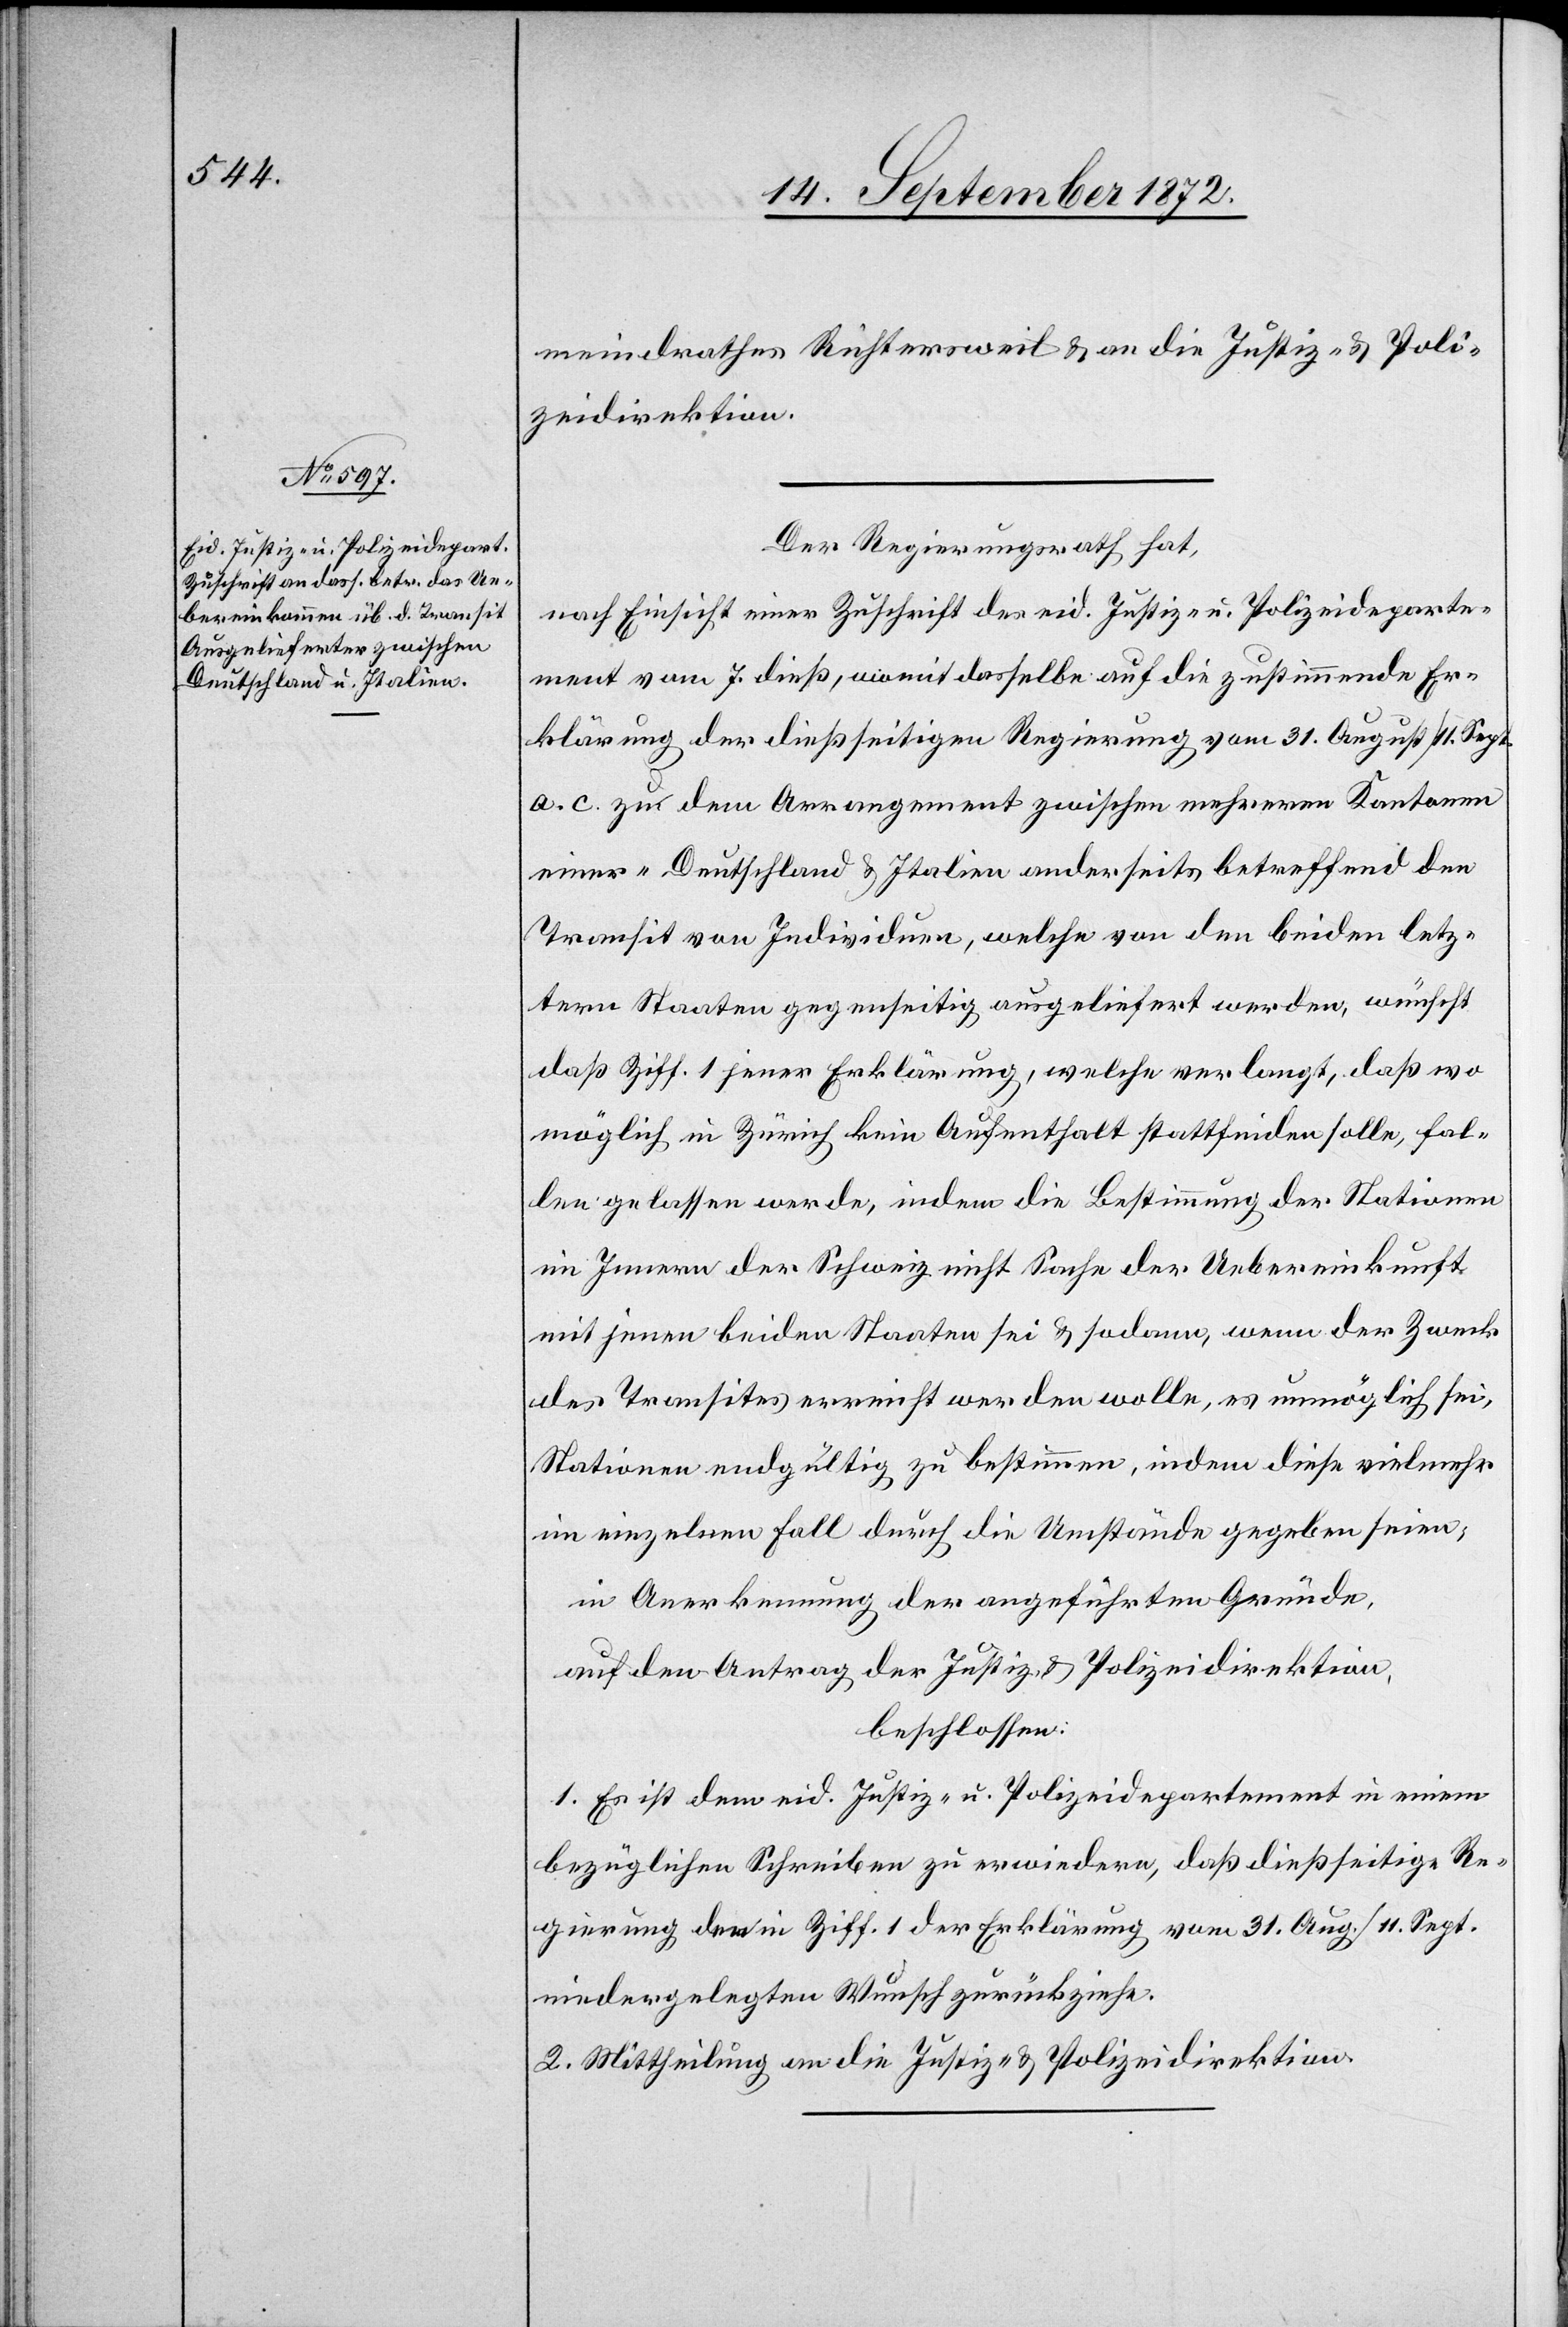
meindrathes Richtersweil u. an die Justiz- u. Poli¬
zeidirektion.
Der Regierungsrath hat,
nach Einsicht einer Zuschrift des eid. Justiz- u. Polizeideparte¬
ment vom 7. dieß, womit dasselbe auf die zustimmende Er¬
klärung der dießseitigen Regierung vom 31. August / 11. Sept.
a. c. zu dem Arrangement zwischen mehreren Kantonen
einer [sic!] – Deutschland u. Italien anderseits [–] betreffend den
Transit von Individuen, welche von den beiden letz¬
tern Staaten gegenseitig ausgeliefert werden, wünscht
daß Ziff. 1 jener Erklärung, welche verlangt, daß wo
möglich in Zürich kein Aufenthalt stattfinden solle, fal¬
len gelassen werde, indem die Bestimmung der Stationen
im Innern der Schweiz nicht Sache der Uebereinkunft
mit jenen beiden Staaten sei u. sodann, wenn der Zweck
des Transites erreicht werden wolle, es unmöglich sei,
Stationen endgültig zu bestimmen, indem diese vielmehr
im einzelnen Fall durch die Umstände gegeben seien,
in Anerkennung der angeführten Gründe,
auf den Antrag der Justiz- u. Polizeidirektion,
beschlossen:
1. Es ist dem eid. Justiz- u. Polizeidepartement in einem
bezüglichen Schreiben zu erwiedern, daß dießseitige Re¬
gierung den in Ziff. 1 der Erklärung vom 31. Aug. / 11. Sept.
niedergelegten Wunsch zurückziehe.
2. Mittheilung an die Justiz- u. Polizeidirektion.